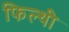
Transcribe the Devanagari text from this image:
फिल्थी